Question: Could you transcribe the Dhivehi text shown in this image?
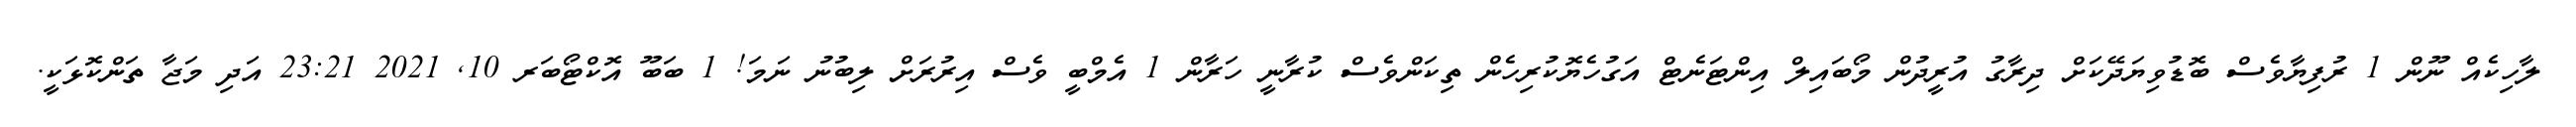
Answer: ލާހިކެއް ނޫން 1 ރުފިޔާވެސް ބޮޑުވިޔަދޭކަށް ދިރާގު އުރީދުން މޯބައިލް އިންޓަނެޓް އަގުހެޔޮކުރިހެން ތިކަންވެސް ކުރާނީ ހަރާން 1 އެމްބީ ވެސް އިރުރަށް ލިބުނު ނަމަ! 1 ބަބޫ އޮކްޓޯބަރ 10, 2021 23:21 އަދި މަޖާ ތަންކޮޅަކީ.